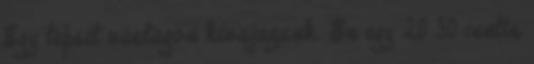
Egy tepsit vastagon kivajazunk. Én egy 20 30 centis